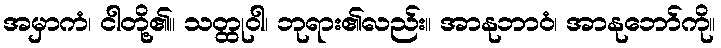
အမှာကံ၊ ငါတို့၏။ သတ္ထုဝါ၊ ဘုရား၏လည်း။ အာနုဘာဝံ၊ အာနုဘော်ကို။